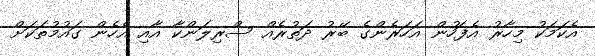
އެކަމަކު މިހާރު އެފަހުން އަހަރެންގެ ބޭރު ދަތުރެއް ސްރިލަންކާ އާއި އެހެން ގައުމުތަކަށް